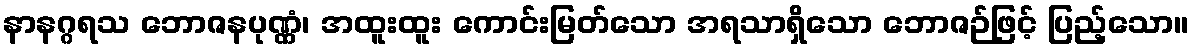
နာနဂ္ဂရသ ဘောဇနပုဏ္ဏံ၊ အထူးထူး ကောင်းမြတ်သော အရသာရှိသော ဘောဇဉ်ဖြင့် ပြည့်သော။